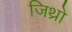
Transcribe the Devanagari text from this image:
जिथ्रो